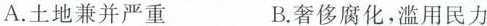
A.土地兼并严重 B.奢侈腐化，滥用民力